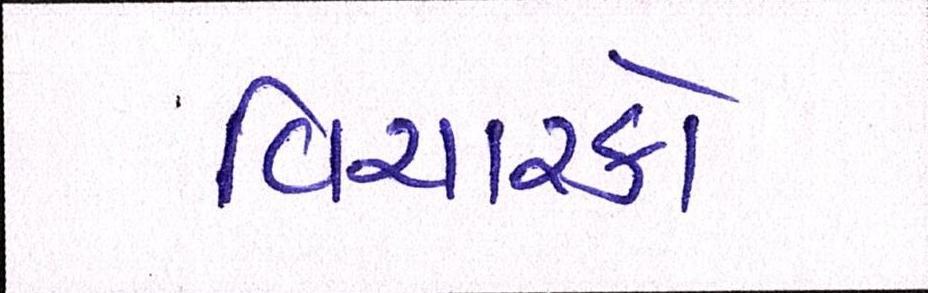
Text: વિચારકો